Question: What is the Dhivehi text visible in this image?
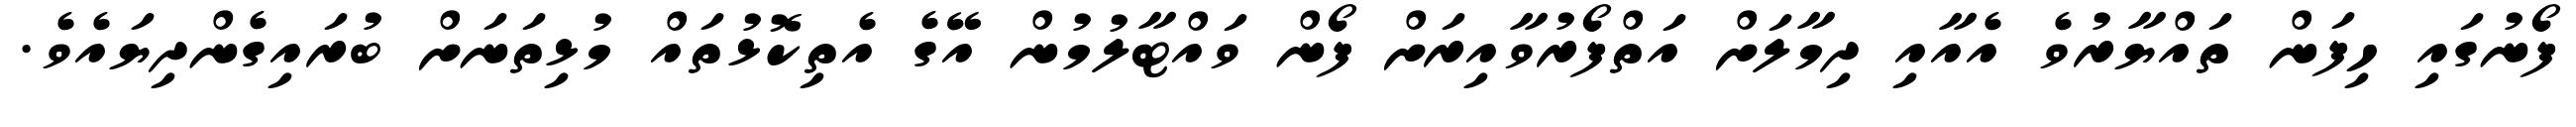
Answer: ފޯނުގައި ހިފަން ތައްޔާރުވެ އެއާއި ދިމާލަށް އަތްފޯރުވާއިރަށް ފޯން ވައްޓާލުމުން އޭގެ އެތިކޮޅުތައް މުޅިތަނަށް ބުރައިގެންދިޔައެވެ.